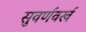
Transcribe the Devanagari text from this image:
सुवर्णवर्ख